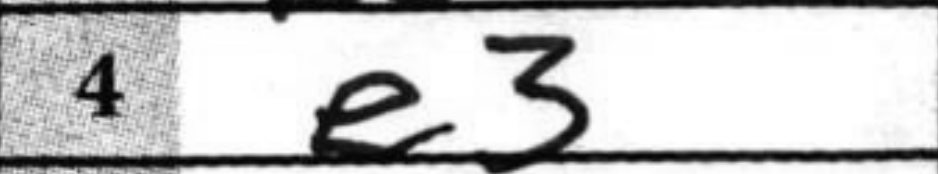
Transcription: e3